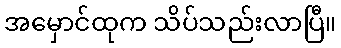
အမှောင်ထုက သိပ်သည်းလာပြီ။